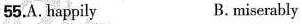
55.A.happily B. miserably